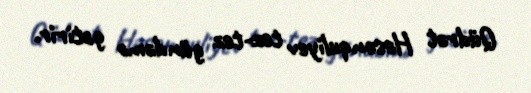
Qüdrət Həsənquliyev tez-tez gündəmə gətirir.